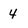
Character: 4